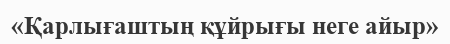
«Қарлығаштың құйрығы неге айыр»